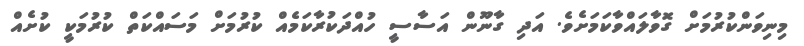
މިނިވަންކުރުމަށް ގޮވާލައްވާކަމަށެވެ. އަދި ގާނޫން އަަސާސީ ހުއްދަކުރާކަމެއް ކުރުމަށް މަސައްކަތް ކުރުމަކީ ކުށެއް